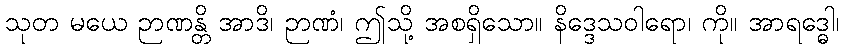
သုတ မယေ ဉာဏန္တိ အာဒိ၊ ဉာဏံ၊ ဤသို့ အစရှိသော။ နိဒ္ဒေသဝါရော၊ ကို။ အာရဒ္ဓေါ၊